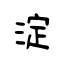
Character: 淀